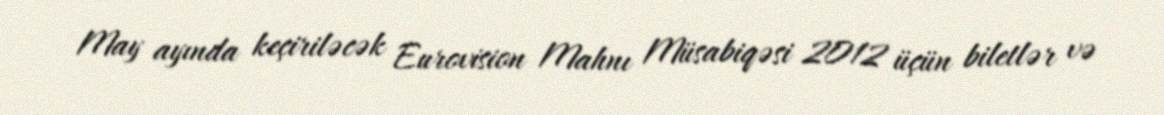
May ayında keçiriləcək Eurovision Mahnı Müsabiqəsi 2012 üçün biletlər və